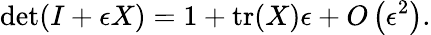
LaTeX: \operatorname*{det}(I+\epsilon X)=1+\operatorname{tr}(X)\epsilon+O\left(\epsilon^{2}\right).